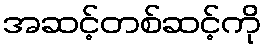
အဆင့်တစ်ဆင့်ကို